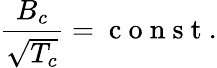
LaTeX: \frac{B_{c}}{\sqrt{T_{c}}}=\mathrm{~c~o~n~s~t~}.